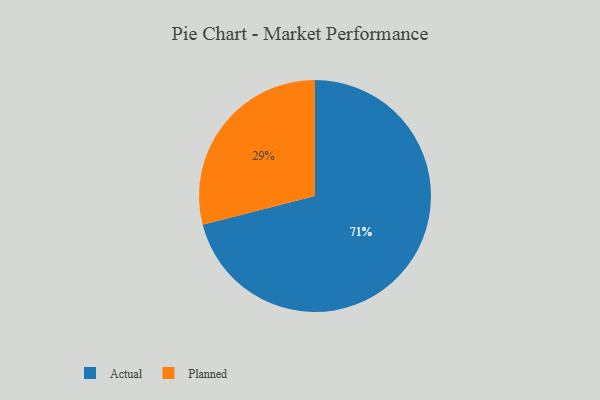
{"axis": {"x": "Category", "y": "Percentage"}, "legend": ["Actual", "Planned"], "data": [{"x": "Actual", "y": 71, "type": "Actual"}, {"x": "Planned", "y": 29, "type": "Planned"}]}